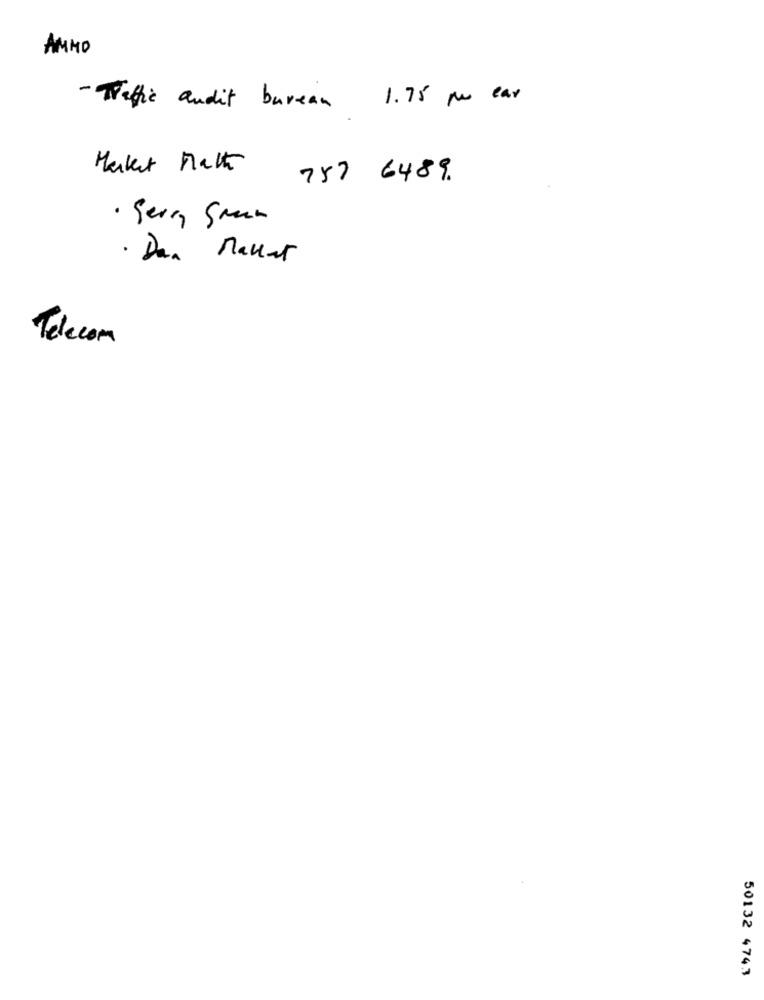
AMMO
- Teffic audit bureau 1.75 ou ear
Market Math.
757 6489.
· gerry green
· Dan Mallet
Telecom
50132 4743